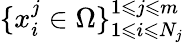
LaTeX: \{ x_{i}^{j}\in\Omega\} _{1\leqslant i\leqslant N_{j}}^{1\leqslant j\leqslant m}